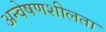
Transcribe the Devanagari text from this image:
अन्वेषणशीलता